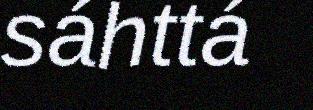
sáhttá